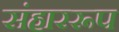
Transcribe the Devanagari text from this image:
संहाररूप